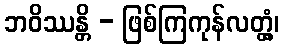
ဘဝိဿန္တိ - ဖြစ်ကြကုန်လတ္တံ့၊